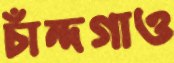
চাঁন্দগাও